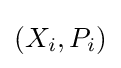
(X_{i},P_{i})